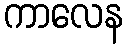
ကာလေန